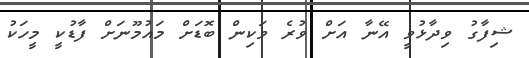
ޝިފާގު ވިދާޅުވީ އޭނާ އަށް ވުރެ ވަކިން ބޮޑަށް މައުމޫނަށް ފާޑުކީ މީހަކު